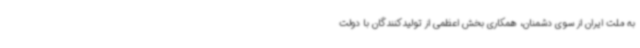
به ملت ایران از سوی دشمنان، همکاری بخش اعظمی از تولیدکنندگان با دولت